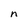
Character: n